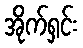
အိုက်ရှင်း